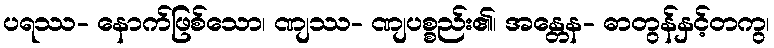
ပရဿ- နောက်ဖြစ်သော၊ ဏျဿ- ဏျပစ္စည်း၏၊ အန္တေန- ဓာတွန်နှင့်တကွ၊